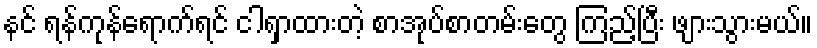
နင် ရန်ကုန်ရောက်ရင် ငါရှာထားတဲ့ စာအုပ်စာတမ်းတွေ ကြည့်ပြီး ဖျားသွားမယ်။